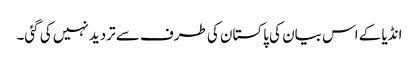
انڈیا کے اس بیان کی پاکستان کی طرف سے تردید نہیں کی گئی۔